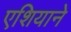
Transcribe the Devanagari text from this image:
एशियाने